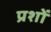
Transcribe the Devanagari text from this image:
प्रशों